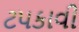
ટપકાવી